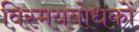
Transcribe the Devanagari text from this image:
विस्मयबोधकों